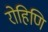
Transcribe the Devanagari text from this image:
रोहिणि